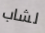
لشاب